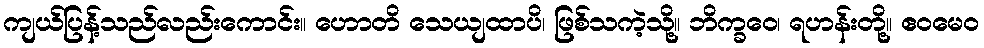
ကျယ်ပြန့်သည်လည်းကောင်း။ ဟောတိ သေယျထာပိ၊ ဖြစ်သကဲ့သို့။ ဘိက္ခဝေ၊ ရဟန်းတို့။ ဧဝမေဝ